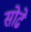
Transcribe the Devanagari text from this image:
सोढे